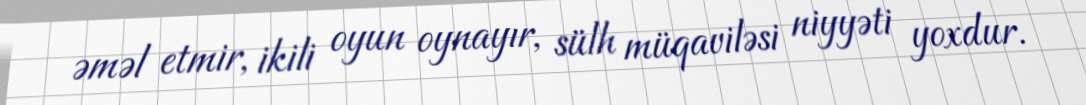
əməl etmir, ikili oyun oynayır, sülh müqaviləsi niyyəti yoxdur.